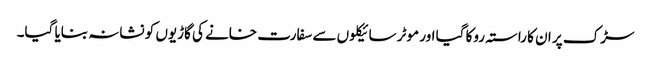
سڑک پر ان کا راستہ روکا گیا اور موٹر سائیکلوں سے سفارت خانے کی گاڑیوں کو نشانہ بنایا گیا۔